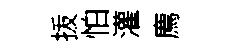
㧞怕灌廌